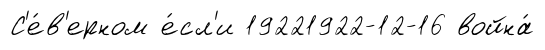
С'е́в'ерном е́сл'и 19221922-12-16 война́